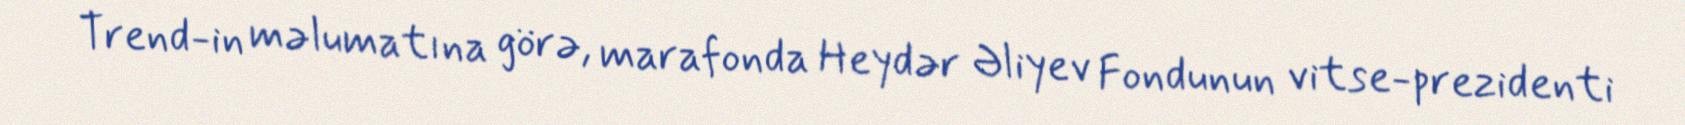
Trend-in məlumatına görə, marafonda Heydər Əliyev Fondunun vitse-prezidenti